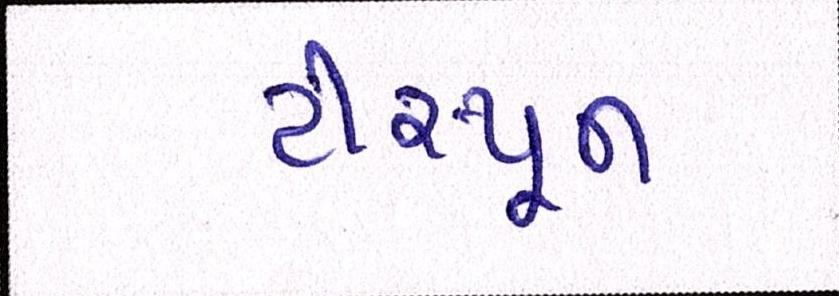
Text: ટીસ્પૂન